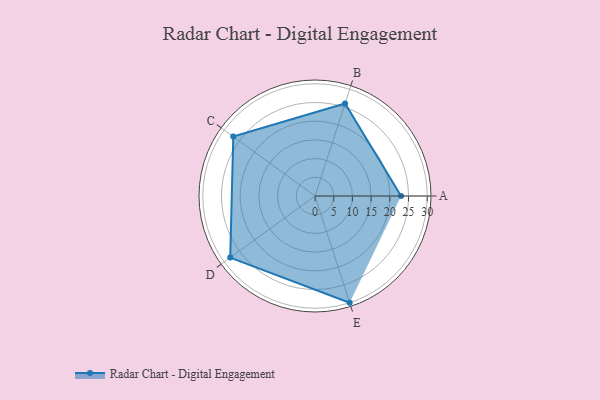
{"axis": {"x": "Skill", "y": "Score"}, "legend": ["Profile"], "data": [{"x": "A", "y": 23.0, "type": "Profile"}, {"x": "B", "y": 26.0, "type": "Profile"}, {"x": "C", "y": 27.0, "type": "Profile"}, {"x": "D", "y": 28.0, "type": "Profile"}, {"x": "E", "y": 30.0, "type": "Profile"}]}